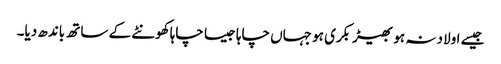
جیسے اولاد نہ ہو بھیڑ بکری ہو جہاں چاہا جیسا چاہا کھونٹے کے ساتھ باندھ دیا۔